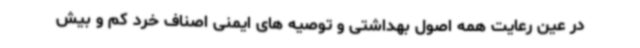
در عین رعایت همه اصول بهداشتی و توصیه های ایمنی اصناف خرد کم و بیش